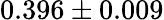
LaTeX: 0.396\pm 0.009